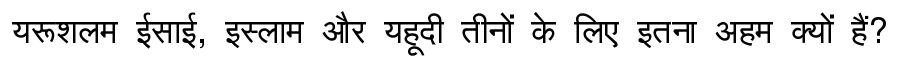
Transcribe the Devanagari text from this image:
यरूशलम ईसाई, इस्लाम और यहूदी तीनों के लिए इतना अहम क्यों हैं?